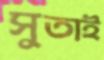
সুতাই